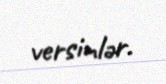
versinlər.